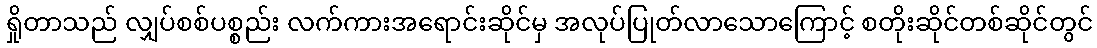
ရှိုတာသည် လျှပ်စစ်ပစ္စည်း လက်ကားအရောင်းဆိုင်မှ အလုပ်ပြုတ်လာသောကြောင့် စတိုးဆိုင်တစ်ဆိုင်တွင်